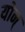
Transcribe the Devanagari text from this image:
योन्